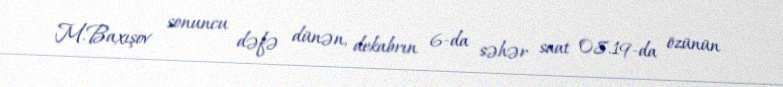
M.Baxışov sonuncu dəfə dünən, dekabrın 6-da səhər saat 08.19-da özünün